Vaccination North-Western Provinces and Oudh 1896-1901 - 1896-1901
Year: 1896
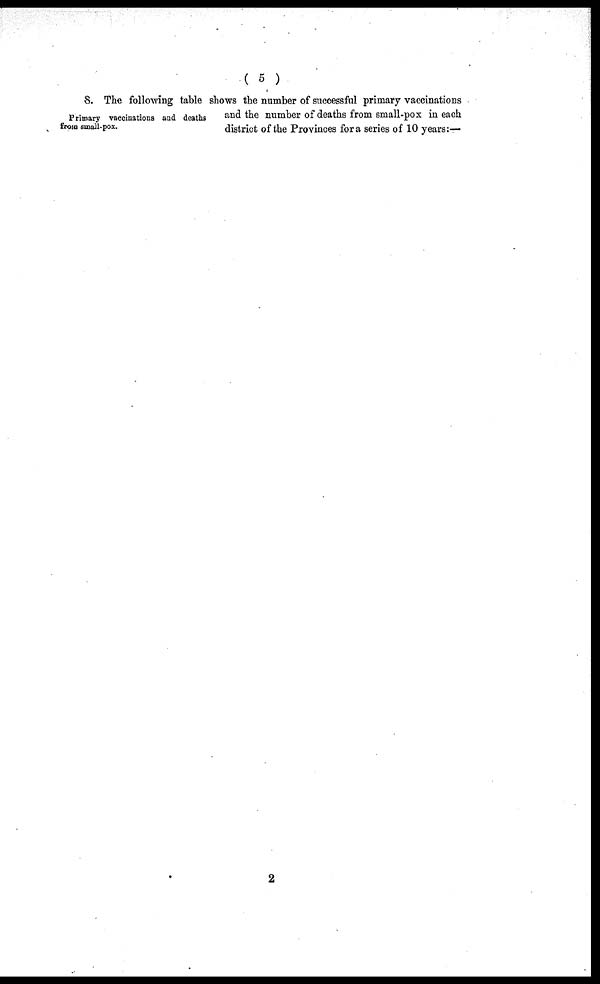
( 5 )
Primary vaccinations and deaths
from small-pox.
8. The following table shows the number of successful primary vaccinations
and the number of deaths from small-pox in each
district of the Provinces for a series of 10 years:—
2